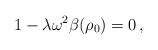
\begin{align*}1-\lambda \omega^2 \beta(\rho_0) = 0\,,\end{align*}